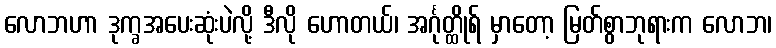
လောဘဟာ ဒုက္ခအပေးဆုံးပဲလို့ ဒီလို ဟောတယ်၊ အင်္ဂုတ္ထိုရ် မှာတော့ မြတ်စွာဘုရားက လောဘ၊